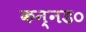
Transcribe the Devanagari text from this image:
कन्नड०